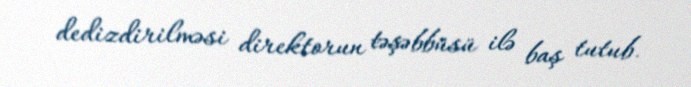
dedizdirilməsi direktorun təşəbbüsü ilə baş tutub.